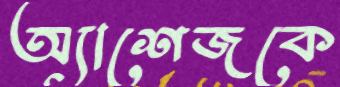
অ্যাশেজকে